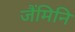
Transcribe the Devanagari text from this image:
जैंमिनि